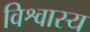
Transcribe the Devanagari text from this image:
विश्वास्य